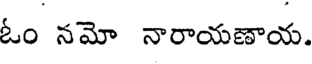
ఓం నమో నారాయణాయ.